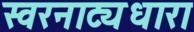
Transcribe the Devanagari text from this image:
स्वरनाट्यधारा